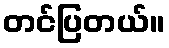
တင်ပြတယ်။